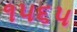
૧૫૬૫